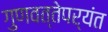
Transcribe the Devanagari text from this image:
गुणवत्तेपर्यंत